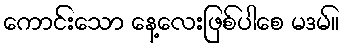
ကောင်းသော နေ့လေးဖြစ်ပါစေ မဒမ်။